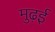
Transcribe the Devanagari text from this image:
मुढ़ई